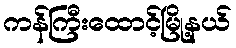
ကန်ကြီးထောင့်မြို့နယ်